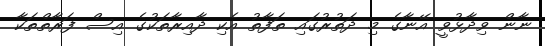
ނާން ވިދާޅުވީ އޭނާގެ މި ދަތުރުގައި ތަފާތު އެކި ދާއިރާތަކުގެ އިސް ފަރާތްތަކާ